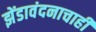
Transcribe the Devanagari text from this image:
झेंडावंदनाचाही